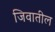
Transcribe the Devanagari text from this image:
जिवातील